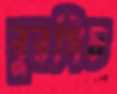
বুরগিচ